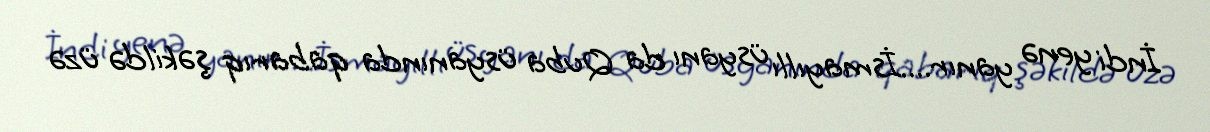
İndi yenə yanır....İsmayıllı üsyanı da Quba üsyanında qabarıq şəkildə üzə